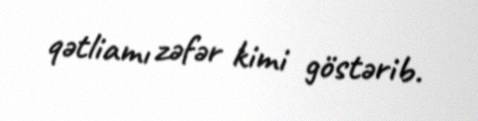
qətliamı zəfər kimi göstərib.